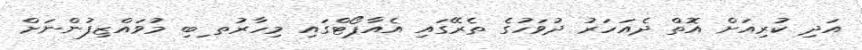
އަދި ކުރިއަށް އޮތް ދެއަހަރު ދުވަހުގެ ތެރޭގައި އެއާޕޯޓްގައި މިހާރުތ ިބި މުވައްޒިފުންނަށް